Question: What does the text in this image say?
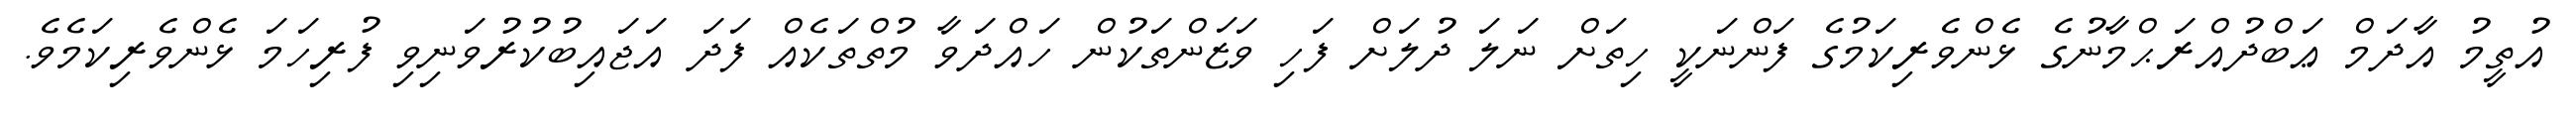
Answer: އުތީމު އާދަމް ޢަބްދުއްރަޙްމާނުގެ ޅެންވެރިކަމުގެ ފަންނަކީ ހިތަށް ނަލަ ދުލަށް ފަހި ވަޒަންތަކުން ހައްދަވާ މުތްތަކެއް ފަދަ އަޖައިބުކުރުވަނިވި ފުރިހަމަ ޅެންވެރިކަމެވެ.